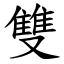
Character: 雙